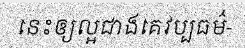
នេះឲ្យល្អជាងគេវប្បធម៌-